Leaving Certificate Examination (including Day School Certificate (Higher) General paper), 1928
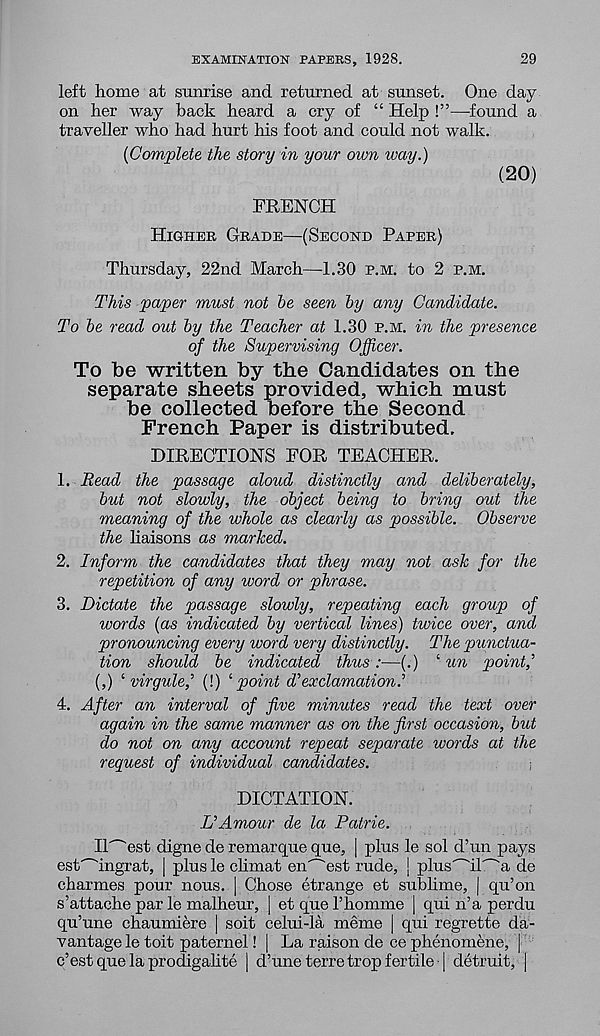
EXAMINATION PAPERS, 1928.
29
left home at sunrise and returned at sunset. One day
on her way back heard a cry of “ Help !”—found a
traveller who had hurt his foot and could not walk.
(Complete the story in your oivn way.)
FRENCH
(20)
Higher Grade—(Second Paper)
Thursday, 22nd March—-1.30 p.m. to 2 p.m.
This paper must not he seen by any Candidate.
To be read out by the Teacher at 1.30 p.m. in the presence
of the Supervising Officer.
To be written by the Candidates on the
separate sheets provided, which must
be collected before the Second
French Paper is distributed.
DIRECTIONS FOR TEACHER.
1. Read the passage aloud distinctly and deliberately,
but not slowly, the object being to bring out the
meaning of the whole as clearly as possible. Observe
the haisons as marked.
2. Inform the candidates that they may not ask for the
repetition of any word or phrase.
3. Dictate the passage slowly, repeating each group of
words (as indicated by vertical lines) twice over, and
pronouncing every word very distinctly. The punctua-
tion should be indicated thus :—-(.) ‘ un point,’
(,) ‘ virgule,’ (!) 1 point d’exclamation’
4. After an interval of five minutes read the text over
again in the same manner as on the first occasion, but
do not on any account repeat separate words at the
request of individual candidates.
DICTATION.
L’Amour de la Patrie.
Il^est digne de remarque que, | plus le sol d’un pays
esC'Mngrat, | plus le climat en^est rude, j plus'~'il'~'a de
charmes pour nous. | Chose etrange et sublime, | qu’on
s’attache par le malheur, | et que I’liomme | qui n’a perdu
qu’une chaumiere | soit celui-la meme | qui regrette da-
vantage le toit paternel! | La raison de ce phenomene, |
c’est que la prodigahte | d’une terre trop fertile • | detruit, |